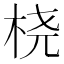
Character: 桡